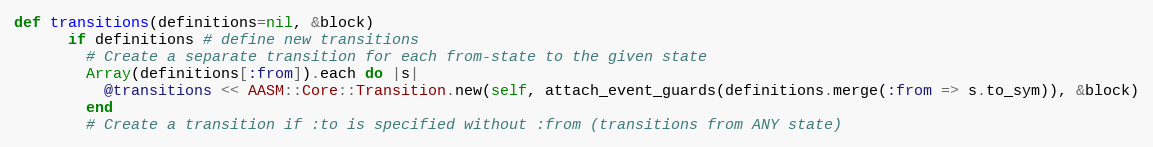
Language: Ruby
def transitions(definitions=nil, &block)
      if definitions # define new transitions
        # Create a separate transition for each from-state to the given state
        Array(definitions[:from]).each do |s|
          @transitions << AASM::Core::Transition.new(self, attach_event_guards(definitions.merge(:from => s.to_sym)), &block)
        end
        # Create a transition if :to is specified without :from (transitions from ANY state)